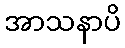
အာသနာပိ